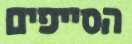
הסייפים